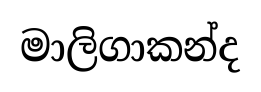
මාලිගාකන්ද